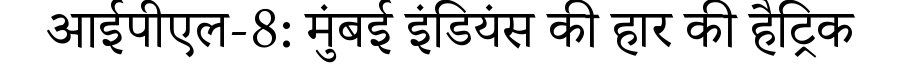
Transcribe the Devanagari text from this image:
आईपीएल-8: मुंबई इंडियंस की हार की हैट्रिक